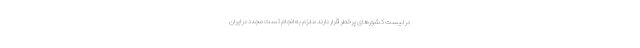
در لیست کشورهای پرخطر قرار دارند ملزم به انجام تست مجدد در ایران